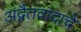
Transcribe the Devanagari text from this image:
अद्वैतवादाचे